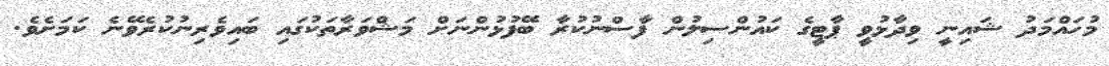
މުހައްމަދު ޝައިނީ ވިދާޅުވީ ޕާޓީގެ ކައުންސިލުން ފާސްނުކުރާ ބޭފުޅުންނަށް މަޝްވަރާތަކުގައި ބައިވެރިނުކުރެވޭނެ ކަމަށެވެ.